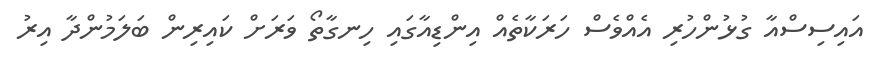
އައިސިސްއާ ގުޅުންހުރި އެއްވެސް ހަރަކާތެއް އިންޑިއާގައި ހިނގާތޯ ވަރަށް ކައިރިން ބަލަމުންދާ އިރު